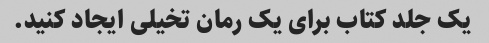
یک جلد کتاب برای یک رمان تخیلی ایجاد کنید.